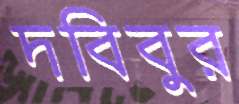
দবিবুর